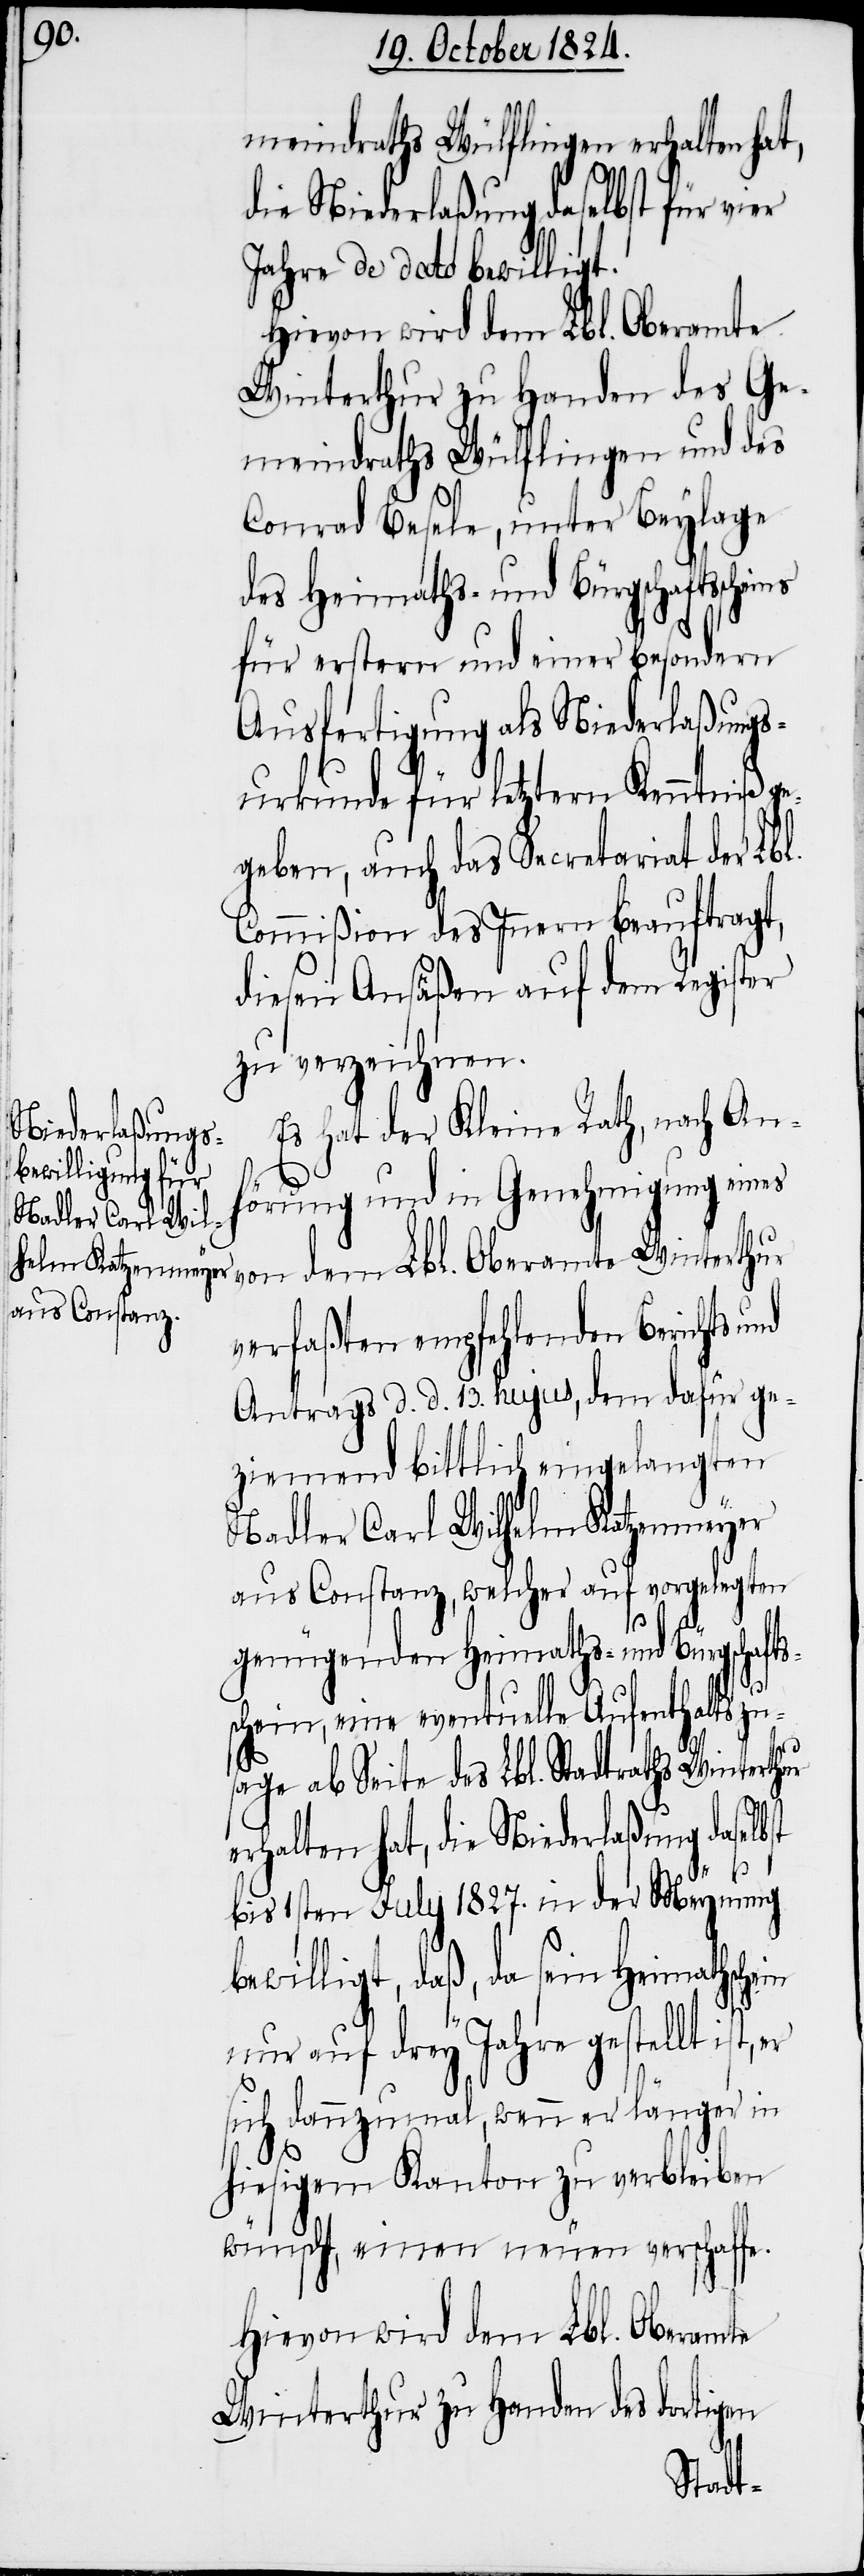
meindraths Wülflingen erhalten hat,
die Niederlaßung daselbst für vier
Jahre de dato bewilligt.
von dem Lbl. Oberamte
Winterthur zu Handen des Ge¬
meindraths Wülflingen und des
Conrad Besele, unter Beylage
des Heimaths- und Bürgschaftssche¬
für erstern und einer besondern
Ausfertigung als Niederlaßungs¬
urkunde für letztern Kenntniß ge¬
geben, auch das Secretariat der Lbl.
Commißion des Innern beauftragt,
diesen Ansäßen auf dem Register
zu verzeichnen.
Es hat der Kleine Rath, nach An¬
hörung und in Genehmigung eines
verfaßten empfehlenden Berichts
Antrags d. d. 13. hujus, dem dafür ge¬
ziemend bittlich eingelangten
Nadler Carl Wilhelm Katzenmeyer
aus Constanz, welcher auf vorgelegten
genügenden Heimaths- und Bürgschaft¬
schein, eine eventuelle Aufenthaltszu¬
sage ab Seite des Lbl. Stadtraths Winterth¬
erhalten hat, die Niederlaßung daselb¬
st
bis 1sten July 1827. in der Meynung
bewilligt, daß, da sein Heimathsc¬
nur auf drey Jahre gestellt ist,
er
sich dannzumal, wenn er länger in
hiesigem Kanton zu verbleiben
wünscht, einen neuen verschaffe.
Hievon wird dem Lbl. Oberamte
Winterthur zu Handen des dortigen